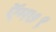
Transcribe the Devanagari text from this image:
ऍम७९